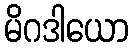
မိဂဒါယော